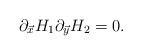
LaTeX: \begin{align*}\partial_{\vec{x}}H_{1}\partial_{\vec{y}}H_{2}=0.\end{align*}